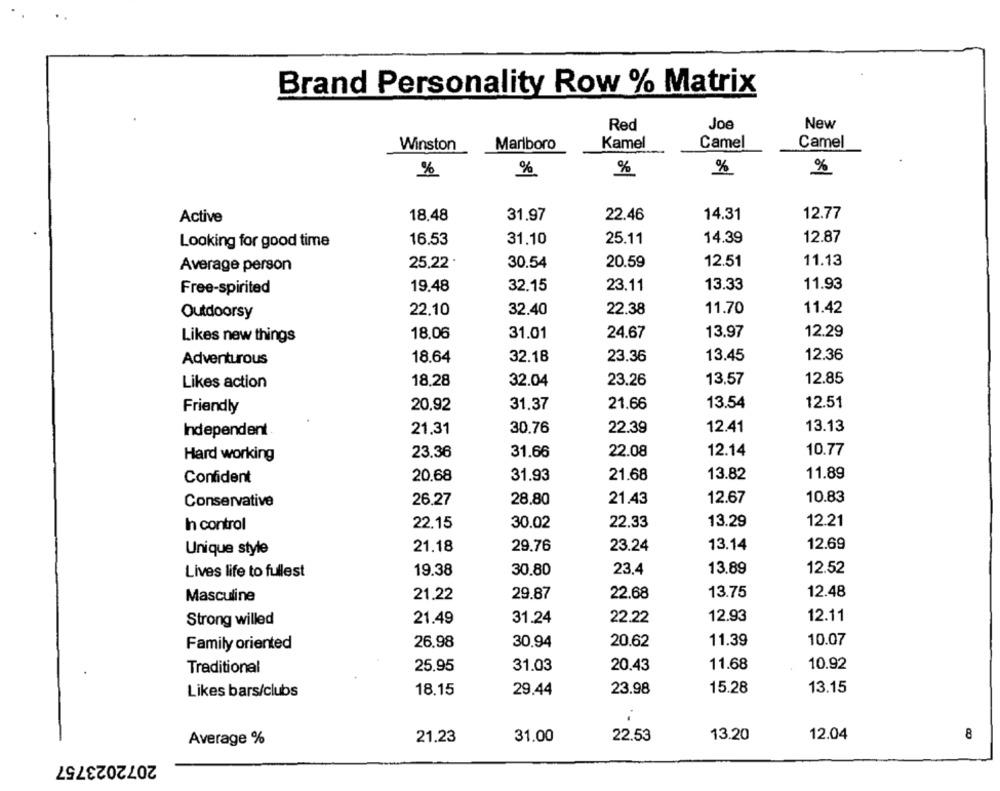
Brand Personality Row % Matrix
Red
Joe
New
Kamel
Camel
Winston
Marlboro
Camel
%
%
%
%
%
12.77
Active
18,48
31.97
22.46
14.31
12.87
Looking for good time
16.53
31.10
25.11
14.39
12.51
11.13
Average person
25.22
30.54
20.59
13.33
Free-spirited
19.48
32.15
23.11
11.93
Outdoorsy
22.10
32.40
22.38
11.70
11.42
12.29
Likes new things
18.06
31.01
24.67
13.97
13.45
12.36
Adventurous
18.64
32.18
23.36
13,57
12.85
Likes action
18,28
32.04
23.26
12.51
Friendly
20.92
31.37
21.66
13.54
12.41
13.13
Independent
21.31
30.76
22.39
12.14
10.77
Hard working
23.36
31.66
22.08
21.68
13.82
11.89
Confident
20.68
31.93
10.83
Conservative
26,27
28.80
21.43
12.67
22.33
13.29
12.21
In control
22.15
30.02
29.76
23.24
13.14
12.69
Unique style
21.18
23.4
13.89
12.52
Lives life to fullest
19.38
30.80
13.75
12.48
Masculine
21.22
29.87
22.68
12.93
12.11
Strong willed
21.49
31.24
22.22
20.62
11.39
10.07
Family oriented
26.98
30.94
10.92
Traditional
25.95
31.03
20.43
11.68
13.15
Likes bars/clubs
18.15
29.44
23.98
15.28
22.53
13.20
12.04
8
Average %
21.23
31.00
2072023757